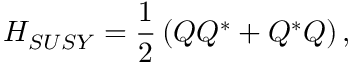
{ \cal H } _ { S U S Y } = { \frac { 1 } { 2 } } \left( { \cal Q } { \cal Q } ^ { * } + { \cal Q } ^ { * } { \cal Q } \right) ,